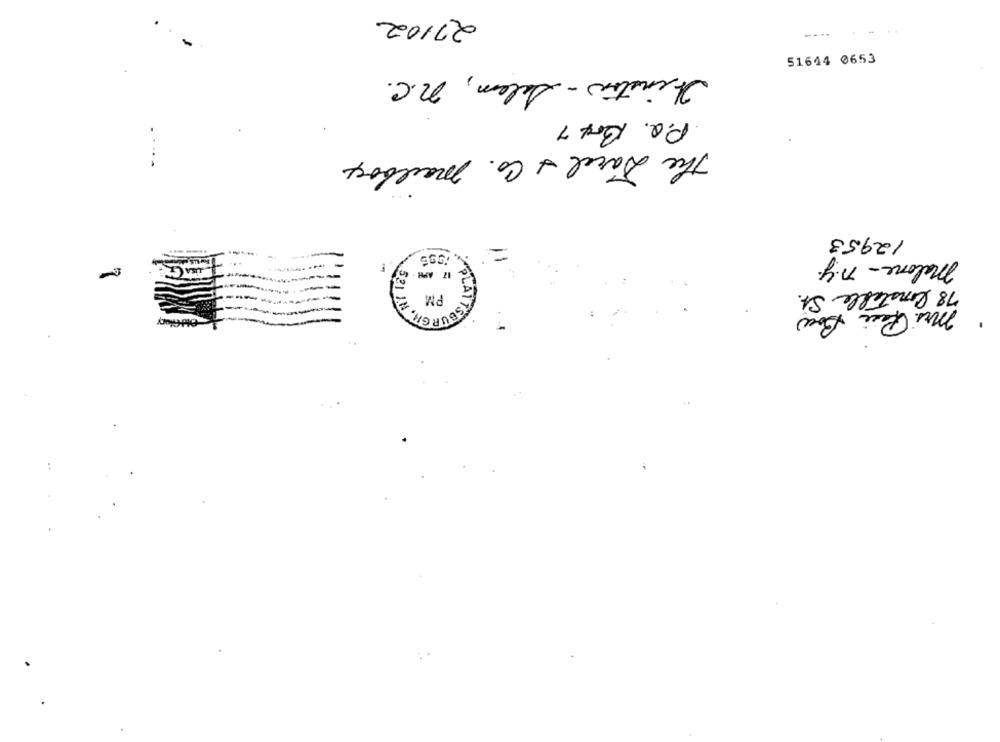
27102
...---
51644 0653
Winston - Salem, n.C.
P.Q. Brx 7
The Dacel & Co. mailbox
12953
=
malone- n.y.
ASBURGR, RE
78 Constable St.
mrs. Rose Bowl
Old Glory
PLATTSEU